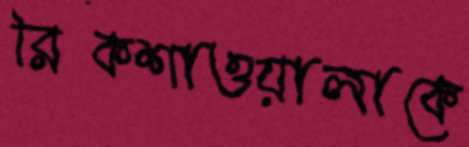
রিকশাওয়ালাকে